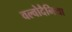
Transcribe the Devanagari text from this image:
वल्वोदैनिया